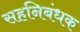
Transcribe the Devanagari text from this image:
सहनिबंधक